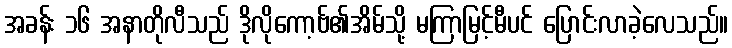
အခန်း ၁၆ အနာတိုလီသည် ဒိုလိုကော့ဗ်၏အိမ်သို့ မကြာမြင့်မီပင် ပြောင်းလာခဲ့လေသည်။